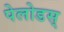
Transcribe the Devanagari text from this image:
पेलोडस्